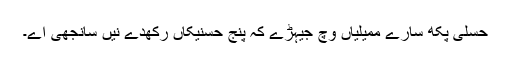
حسلی پکھ سارے ممیلیاں وچ جیہڑے کہ پنج حسنیکاں رکھدے نیں سانجھی اے۔